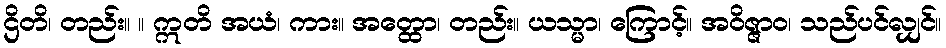
ဌိတိ၊ တည်း။ ။ ဣတိ အယံ၊ ကား။ အတ္ထော၊ တည်း။ ယသ္မာ၊ ကြောင့်။ အဝိဇ္ဇာဝ၊ သည်ပင်လျှင်။